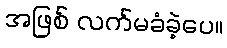
အဖြစ် လက်မခံခဲ့ပေ။